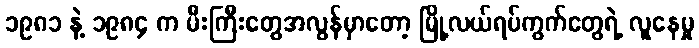
၁၉၈၁ နဲ့ ၁၉၈၄ က မီးကြီးတွေအလွန်မှာတော့ မြို့လယ်ရပ်ကွက်တွေရဲ့ လူနေမှု